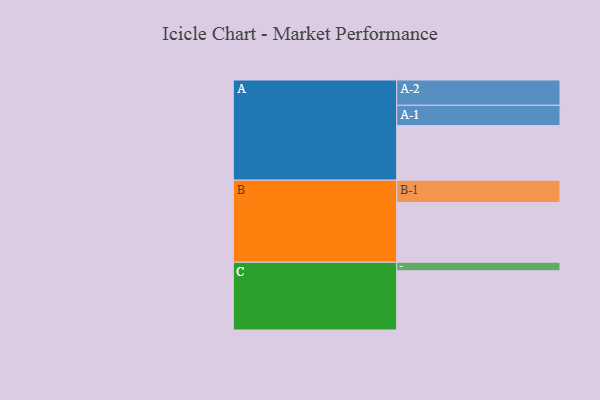
{"axis": {"x": "Segment", "y": "Value"}, "legend": ["", "A", "B", "C"], "data": [{"x": "A", "y": 508, "type": ""}, {"x": "B", "y": 556, "type": ""}, {"x": "C", "y": 551, "type": ""}, {"x": "A-1", "y": 189, "type": "A"}, {"x": "A-2", "y": 235, "type": "A"}, {"x": "B-1", "y": 207, "type": "B"}, {"x": "C-1", "y": 79, "type": "C"}]}